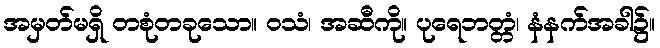
အမှတ်မရှိ တစုံတခုသော။ ဝသံ၊ အဆီကို။ ပုရေဘတ္တံ၊ နံနက်အခါ၌။